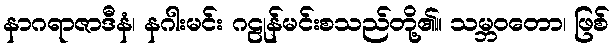
နာဂရာဇာဒီနံ၊ နဂါးမင်း ဂဠုန်မင်းစသည်တို့၏။ သမ္ဘဝတော၊ ဖြစ်